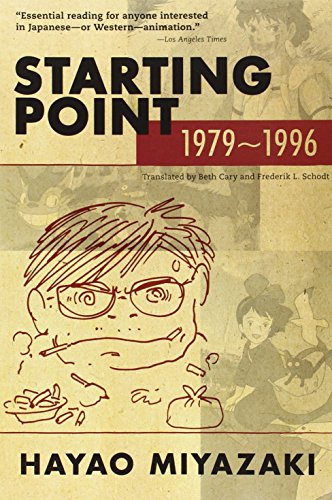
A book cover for Starting Point, 1979-1996; Hayao Miyazaki; Humor & Entertainment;